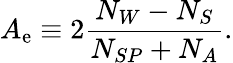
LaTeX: A_{\mathrm{e}}\equiv2\frac{{N_{W}-N_{S}}}{{N_{SP}+N_{A}}}.